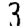
Digit: 3